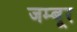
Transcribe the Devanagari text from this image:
जम्बूर